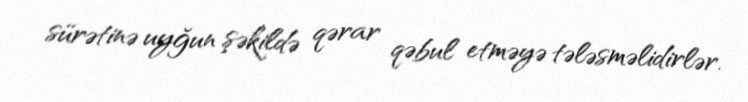
sürətinə uyğun şəkildə qərar qəbul etməyə tələsməlidirlər.